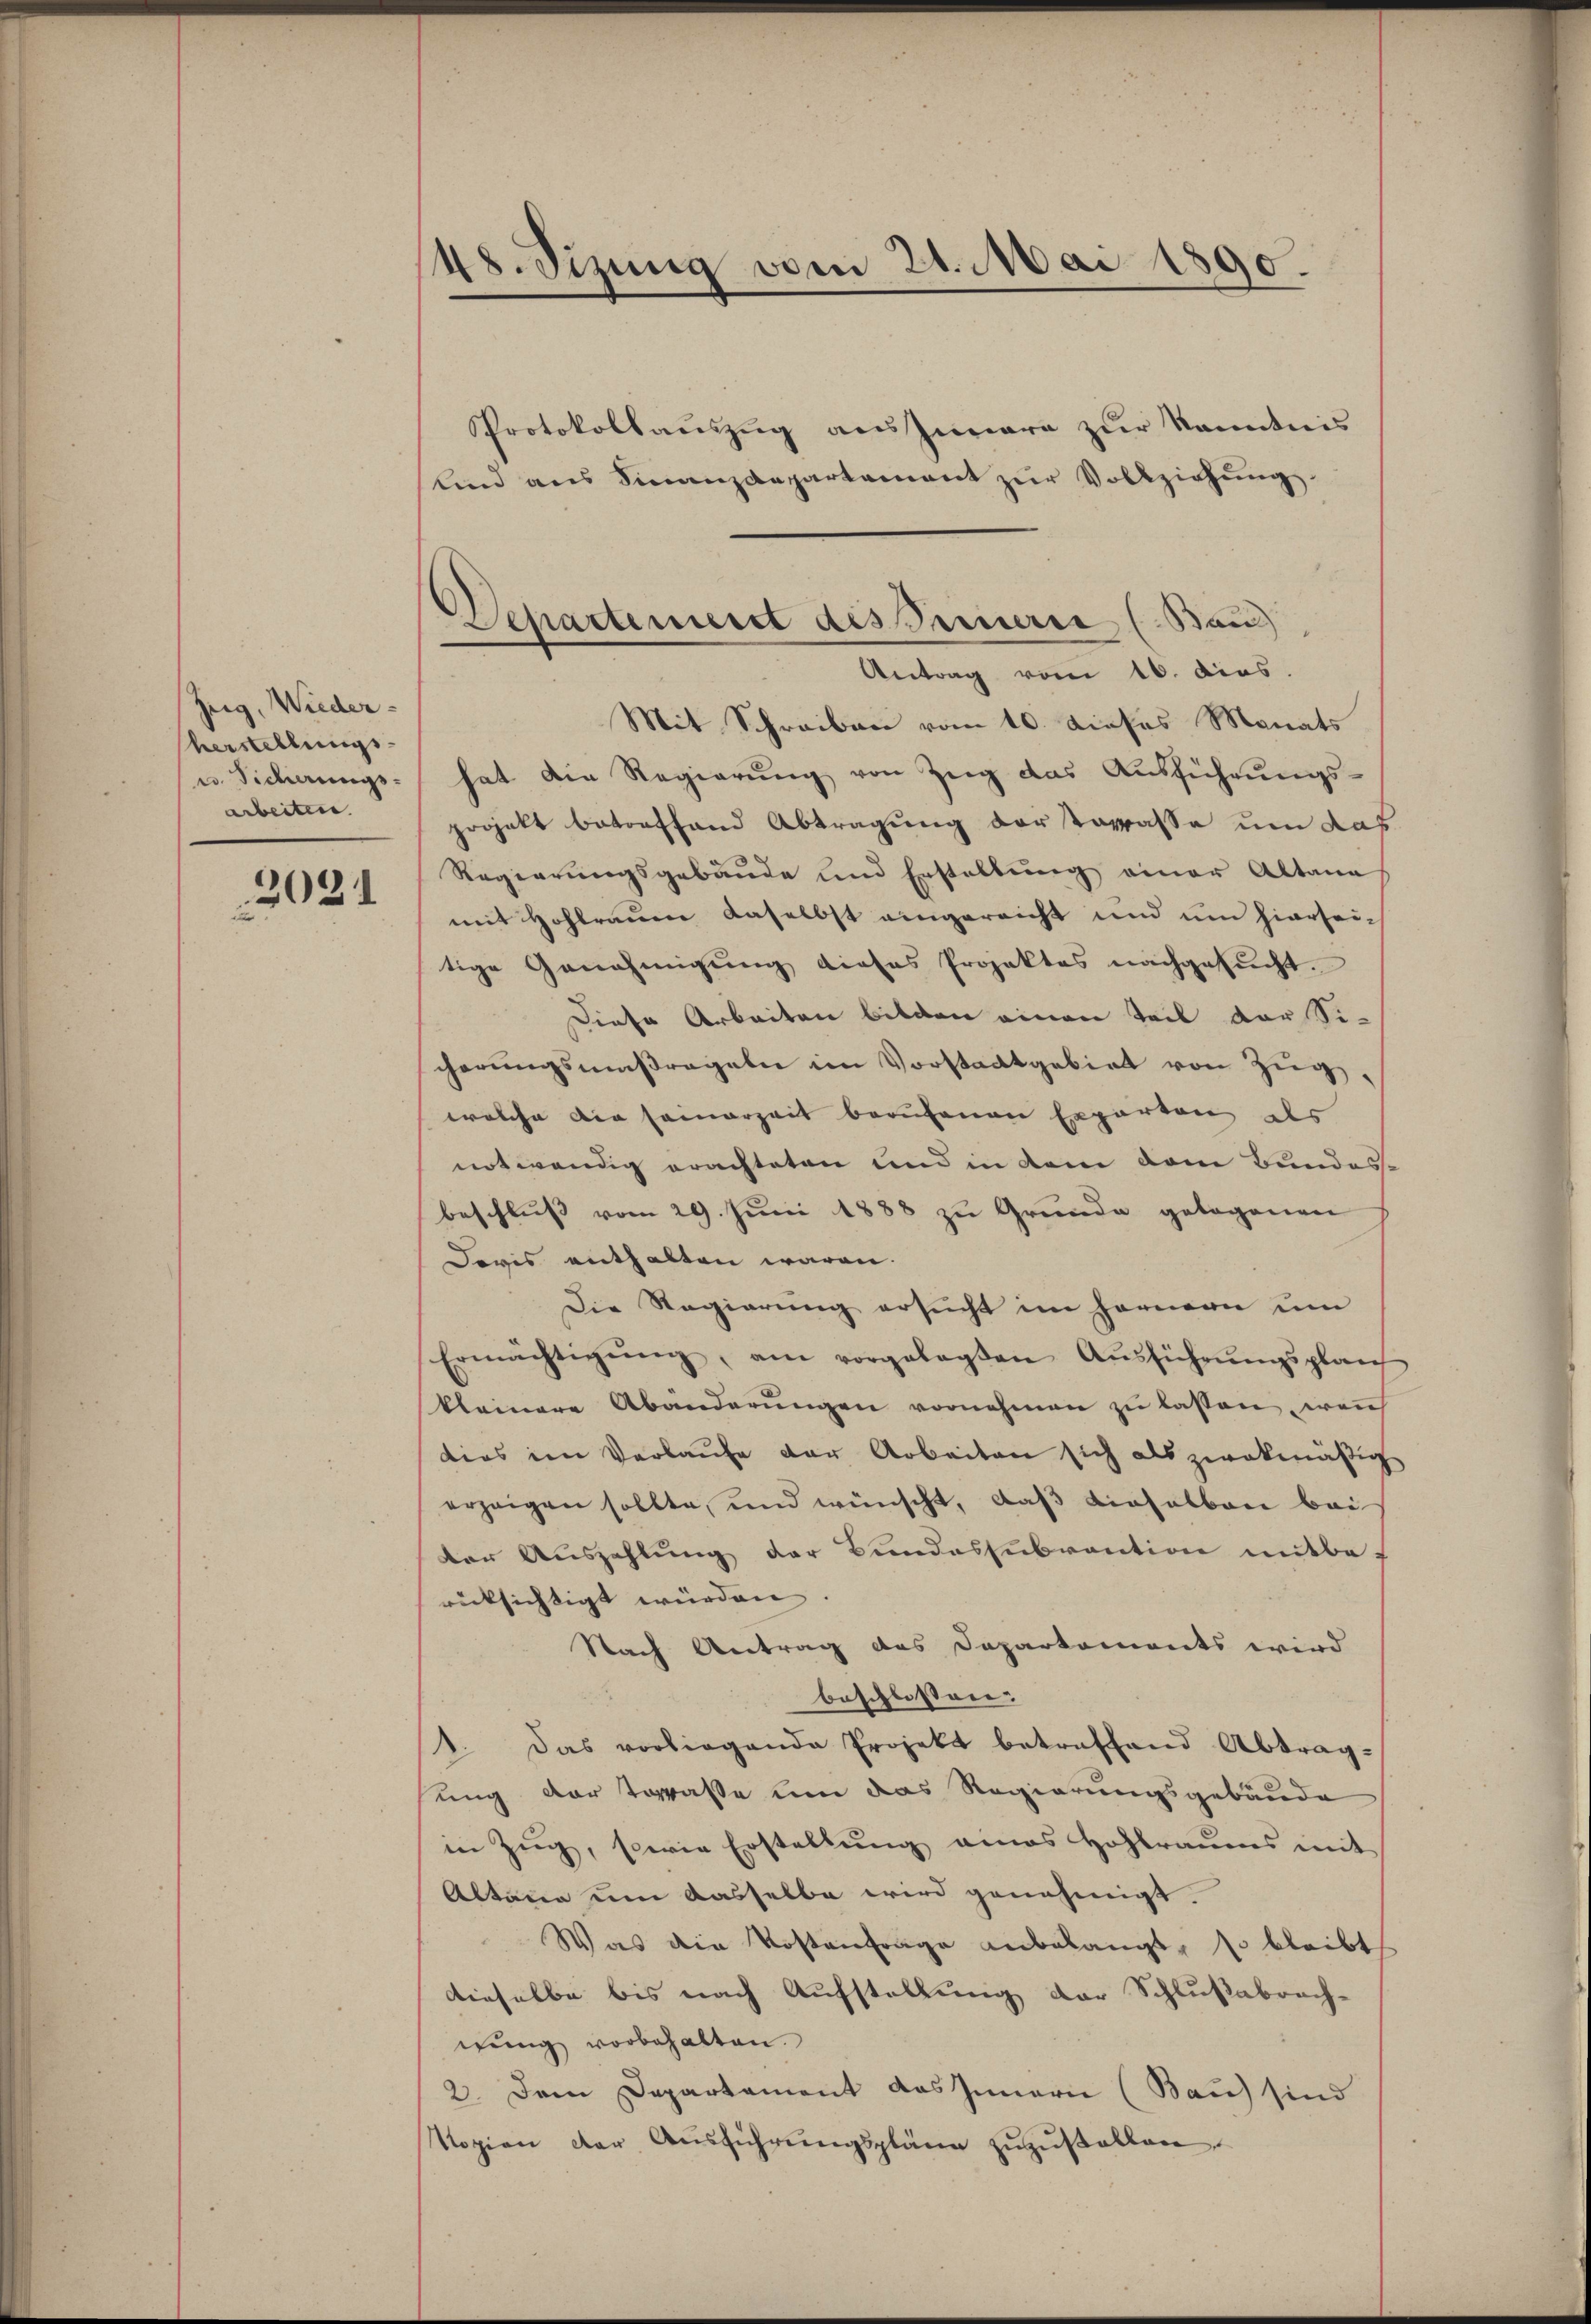
Zeg, Wiederherstellungs-
w. Sicherungs-
arbeiten.

2021

48. Sizung vom 21. Mai 1890.

lind aus Finanzdepartement zŭr Vollziehung
Mit Schreiben vom 10. dieses Monats
hat die Regierŭng von Zŭg das Aŭsführŭngs-
projekt betreffend Abtragung der Terrasse um das
Regierungsgebäude und Erstellung einer Altana
mit Hohlrauen daselbst eingereicht und um hiersei-
tige Genehmigung dieses Projektes nachgesucht.
Diese Arbeiten bilden einen Teil der Si-
cherungsmaßregeln im Vorstadtgebiet von Zug,
welche die seinerzeit berufenen Experton als
notwendig erachteten und in dem dem Bundes-
beschlŭβ vom 29. Jŭni 1888 zu Grunde gebogenen
Doris enthalten waren.
Die Regierung ersucht im Hornern um
Ermächtigŭng, am vorgelegten Aŭsführŭngsplan
kleinere Abänderŭngen vornehmen zŭ lassen, wen
dies im Verlaŭfe der Arbeiten sich als zwekmäßig
erzeigen sollte, und wünscht, daβ dieselben bei
der Auszahlŭng der Bundessubvention mitberücksichtigt würden
Nach Antrag des Departements wird
beschlossen:
1. Das vorliegende Projekt betreffend Abtrag-
ung der Tarasse um das Regierungsgebäude
in Zŭg, sowie Erstellŭng eines Hohlraums mit
Altana um dasselbe wird genehmigt.
Was die Kostenfrage anbelangt, so bleibt
dieselbe bis nach Aufstellung der Schlußabrach-
wung vorbehalten.
2. Dem Departament das Innern (Bau) sind
opien der Aŭsführŭngspläne zŭzŭstellen

Protokollauszug aus Innere zur Kenntnis

Departemeist des Perić (Bau
Antrag vom 16. dies.